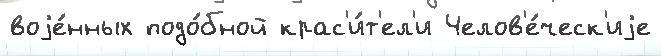
воjе́нных подо́бной крас'и́т'ел'и Челов'е́ческ'иjе